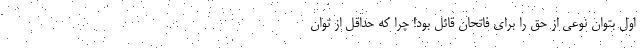
اول بتوان نوعی از حق را برای فاتحان قائل بود! چرا که حداقل از توان